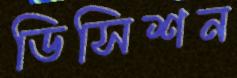
ডিসিশন